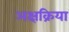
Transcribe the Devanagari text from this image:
अक्षक्रिया